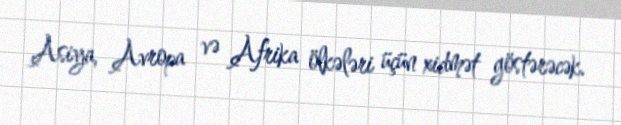
Asiya, Avropa və Afrika ölkələri üçün xidmət göstərəcək.